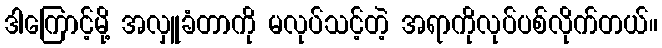
ဒါကြောင့်မို့ အလှူခံတာကို မလုပ်သင့်တဲ့ အရာကိုလုပ်ပစ်လိုက်တယ်။